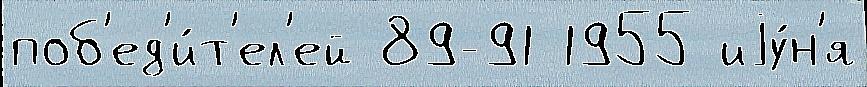
поб'ед'и́т'ел'ей 89-91 1955 иjу́н'я